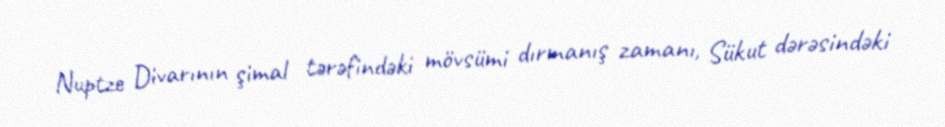
Nuptze Divarının şimal tərəfindəki mövsümi dırmanış zamanı, Sükut dərəsindəki